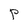
Character: P